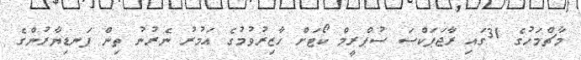
މާޗްމަހުގެ 31ގައި ރާޖަޕަކްސަ ސުޕްރީމް ކޯޓަށް ހާޒިރުވުމުގެ އަމުރު ނެރުނު ތިން ފަނޑިޔާރުންގެ